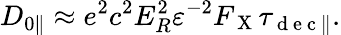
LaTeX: D_{0\parallel}\approx e^{2}c^{2}E_{R}^{2}\varepsilon^{-2}F_{\mathrm{~X~}}\tau_{\mathrm{~d~e~c~}\parallel}.